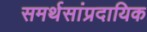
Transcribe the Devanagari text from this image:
समर्थसांप्रदायिक